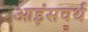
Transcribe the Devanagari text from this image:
आइंसवर्थ